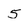
Character: 5